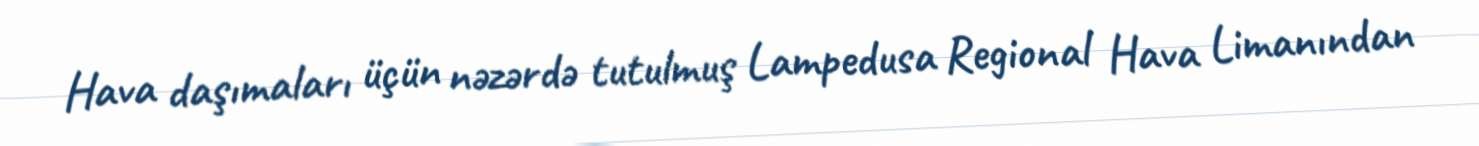
Hava daşımaları üçün nəzərdə tutulmuş Lampedusa Regional Hava Limanından